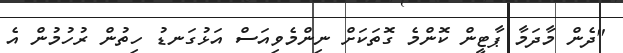
"ދެން މާދަމާ ޕާޓީން ކޮންމެ ގޮތަކަށް ނިންމެވިއަސް އަޅުގަނޑު ހިތުން ރުހުމުން އެ